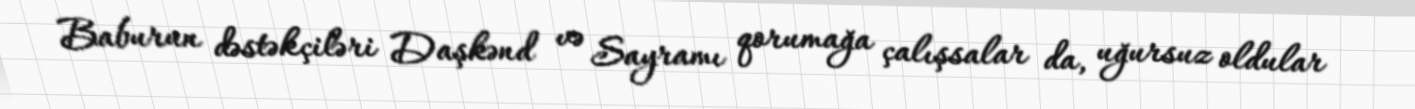
Baburun dəstəkçiləri Daşkənd və Sayramı qorumağa çalışsalar da, uğursuz oldular